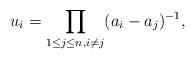
LaTeX: \begin{align*} u_i=\prod_{1\leq j\leq n,i\neq j}(a_i-a_j)^{-1},\end{align*}